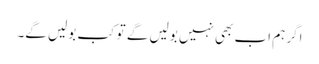
اگر ہم اب بھی نہیں بولیں گے تو کب بولیں گے۔